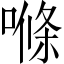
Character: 𠺧